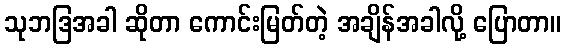
သုဘဒြအခါ ဆိုတာ ကောင်းမြတ်တဲ့ အချိန်အခါလို့ ပြောတာ။